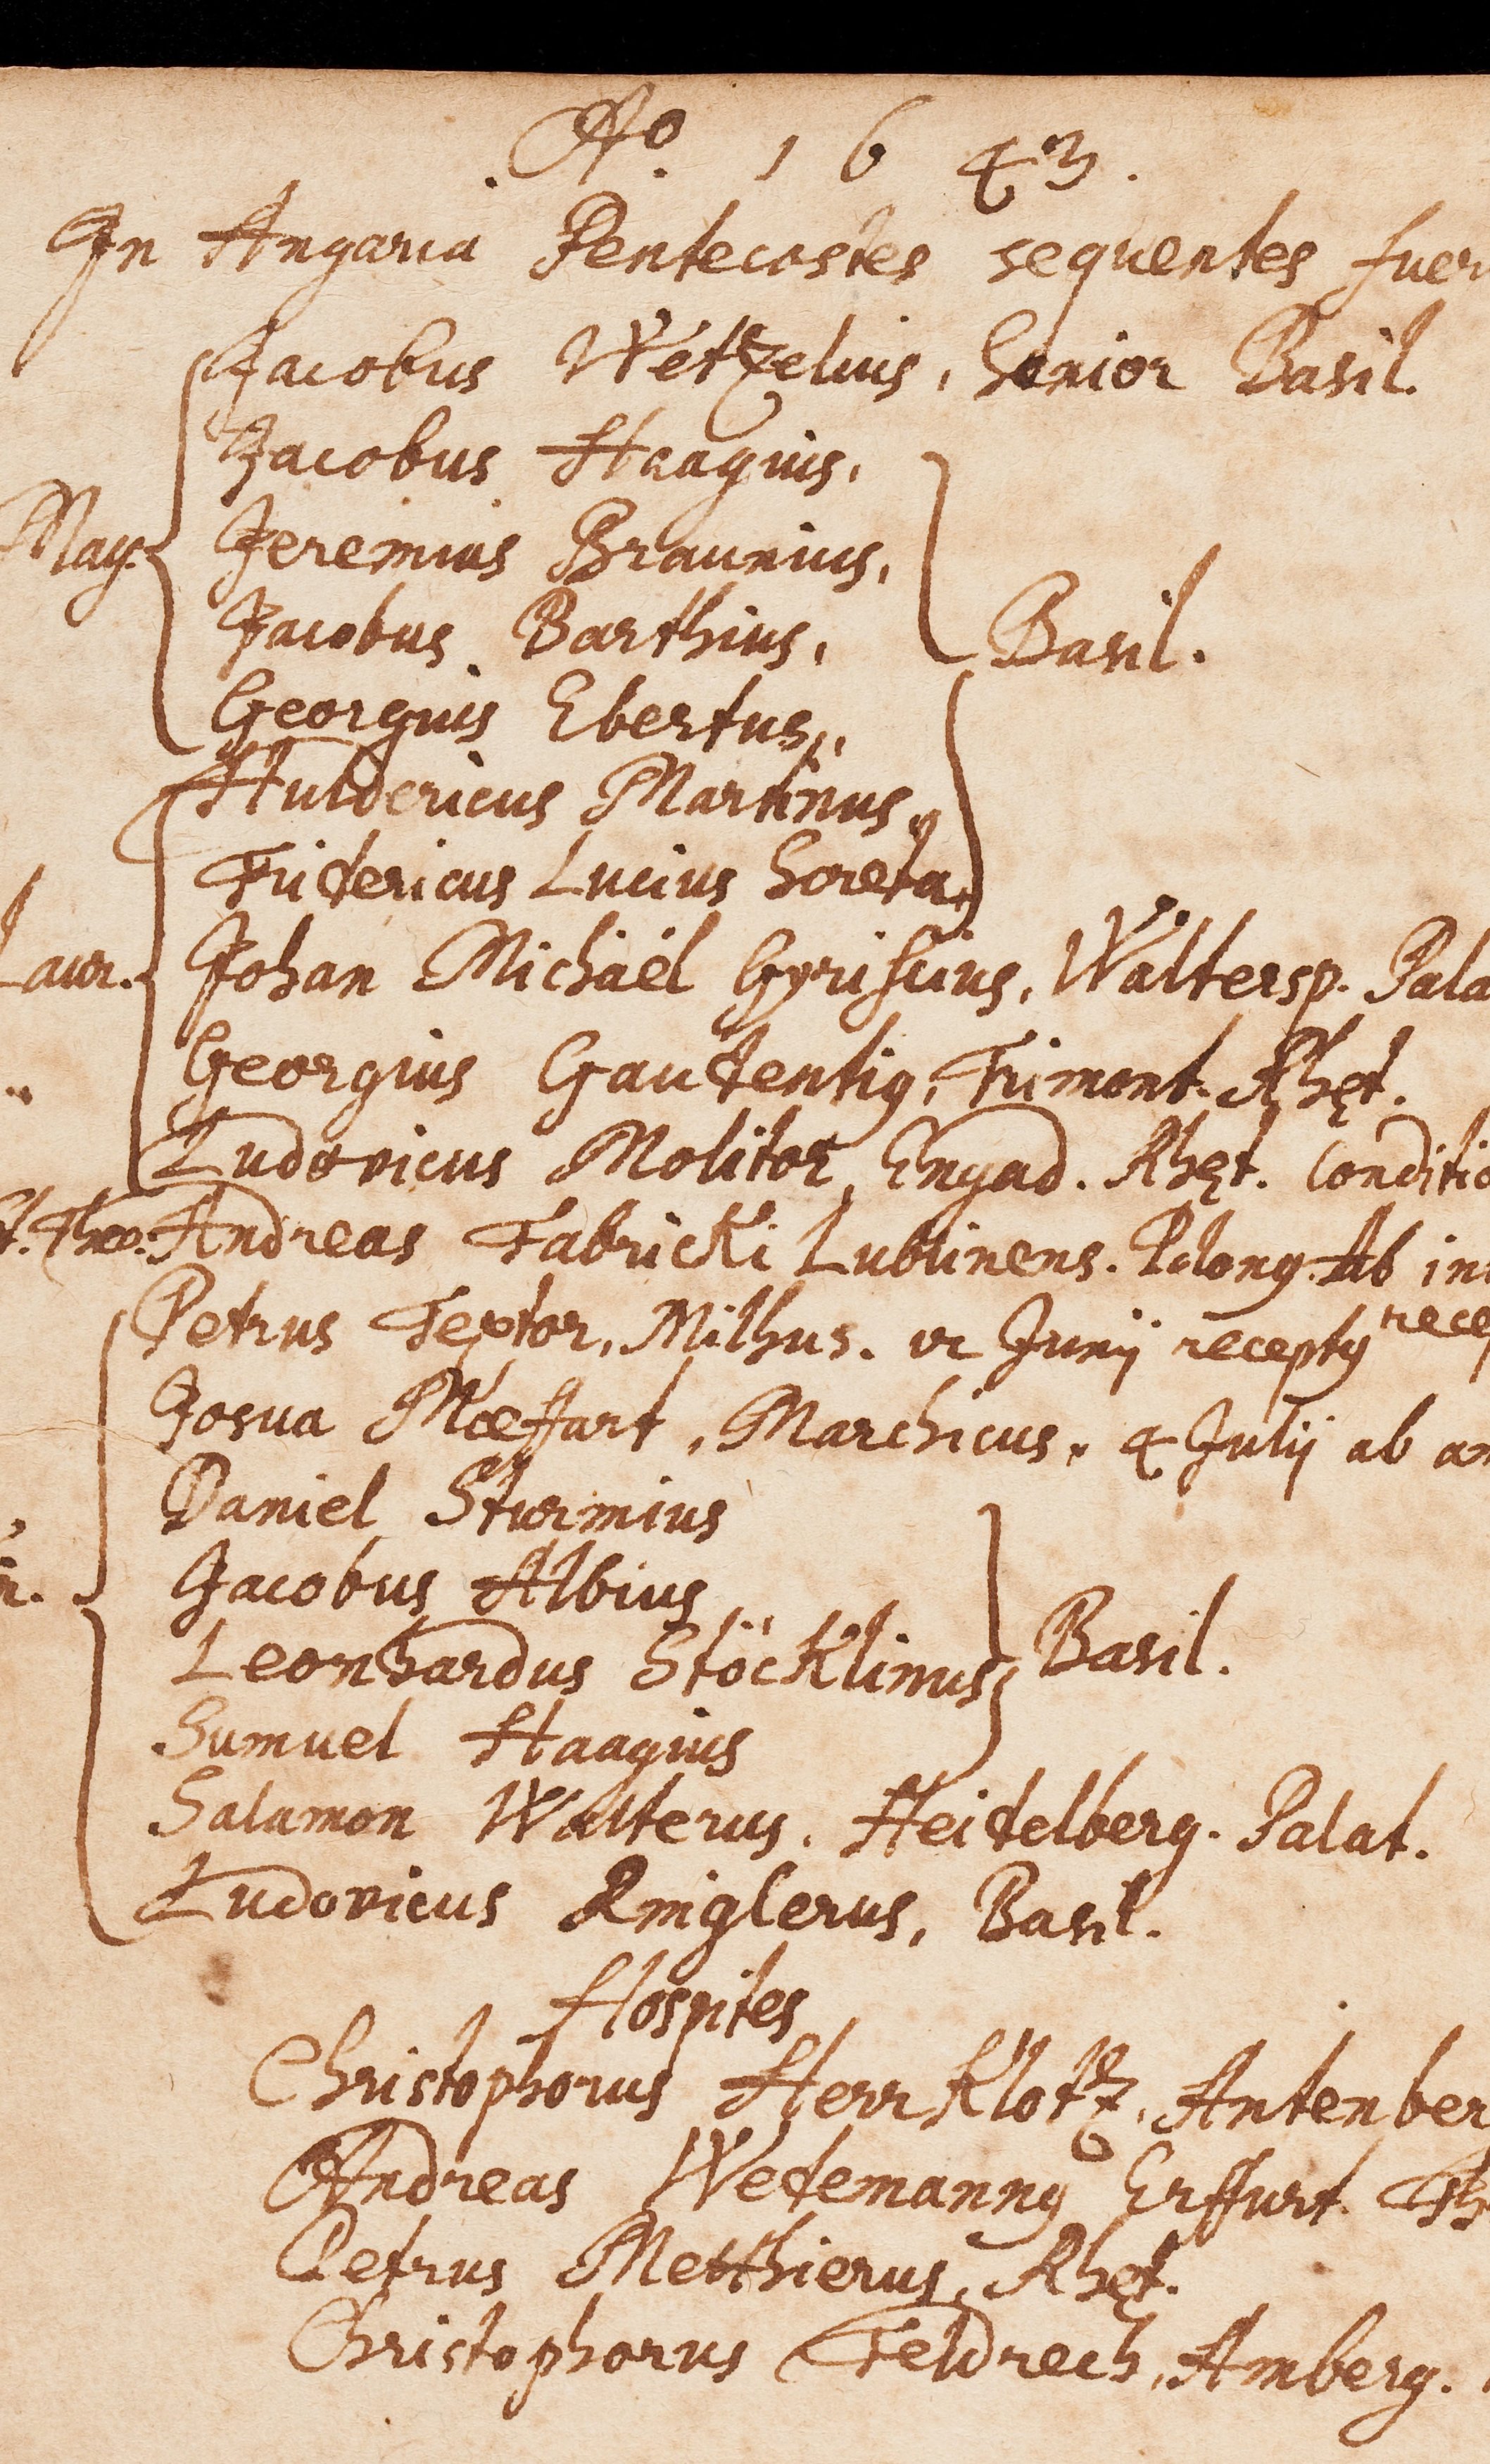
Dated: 1594–1682